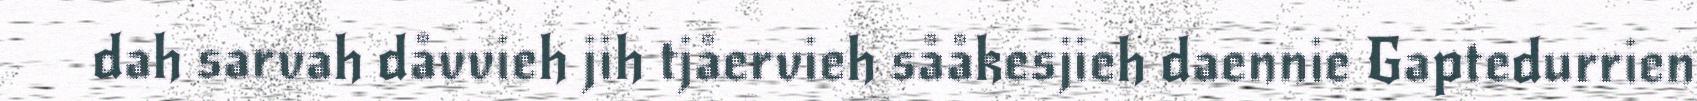
dah sarvah dåvvieh jih tjåervieh sååkesjieh daennie Gaptedurrien